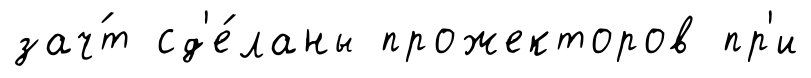
зач́т сд'е́ланы прожекторов пр'и